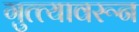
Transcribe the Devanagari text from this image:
गुत्त्यावरून